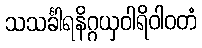
သသင်္ခါရနိဂ္ဂယှဝါရိဝါဝတံ